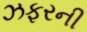
ઝફરની